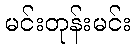
မင်းတုန်းမင်း